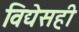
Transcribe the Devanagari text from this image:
विद्येसही